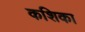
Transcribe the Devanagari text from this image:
कशिका